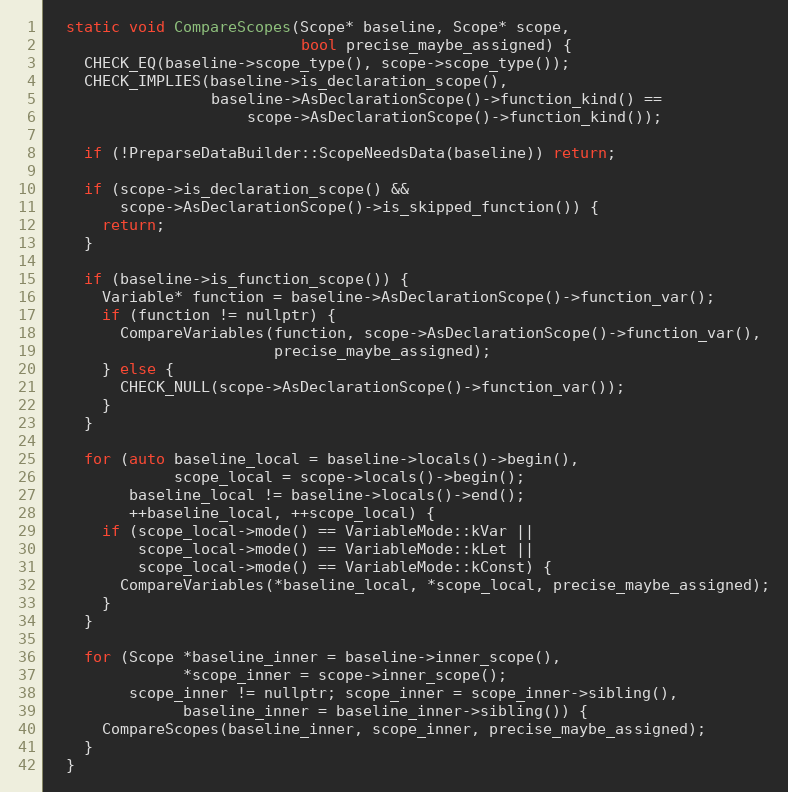
Language: C
  static void CompareScopes(Scope* baseline, Scope* scope,
                            bool precise_maybe_assigned) {
    CHECK_EQ(baseline->scope_type(), scope->scope_type());
    CHECK_IMPLIES(baseline->is_declaration_scope(),
                  baseline->AsDeclarationScope()->function_kind() ==
                      scope->AsDeclarationScope()->function_kind());

    if (!PreparseDataBuilder::ScopeNeedsData(baseline)) return;

    if (scope->is_declaration_scope() &&
        scope->AsDeclarationScope()->is_skipped_function()) {
      return;
    }

    if (baseline->is_function_scope()) {
      Variable* function = baseline->AsDeclarationScope()->function_var();
      if (function != nullptr) {
        CompareVariables(function, scope->AsDeclarationScope()->function_var(),
                         precise_maybe_assigned);
      } else {
        CHECK_NULL(scope->AsDeclarationScope()->function_var());
      }
    }

    for (auto baseline_local = baseline->locals()->begin(),
              scope_local = scope->locals()->begin();
         baseline_local != baseline->locals()->end();
         ++baseline_local, ++scope_local) {
      if (scope_local->mode() == VariableMode::kVar ||
          scope_local->mode() == VariableMode::kLet ||
          scope_local->mode() == VariableMode::kConst) {
        CompareVariables(*baseline_local, *scope_local, precise_maybe_assigned);
      }
    }

    for (Scope *baseline_inner = baseline->inner_scope(),
               *scope_inner = scope->inner_scope();
         scope_inner != nullptr; scope_inner = scope_inner->sibling(),
               baseline_inner = baseline_inner->sibling()) {
      CompareScopes(baseline_inner, scope_inner, precise_maybe_assigned);
    }
  }